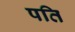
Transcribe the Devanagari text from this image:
पति